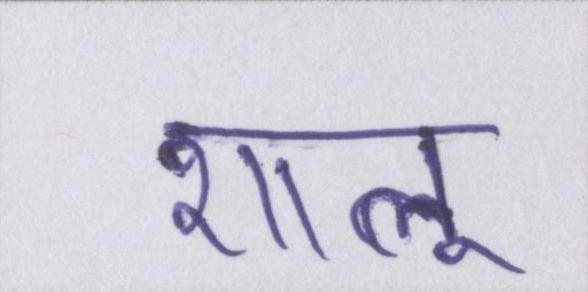
शालू